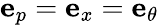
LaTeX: \mathbf{e}_{p}=\mathbf{e}_{x}=\mathbf{e}_{\theta}